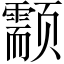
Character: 颥